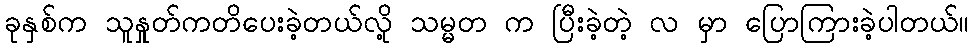
ခုနှစ်က သူနှုတ်ကတိပေးခဲ့တယ်လို့ သမ္မတ က ပြီးခဲ့တဲ့ လ မှာ ပြောကြားခဲ့ပါတယ်။